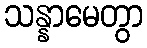
သန္နာမေတွာ